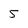
Character: 5